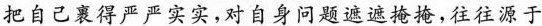
把自己裹得严严实实，对自身问题遮遮掩掩,往往源于